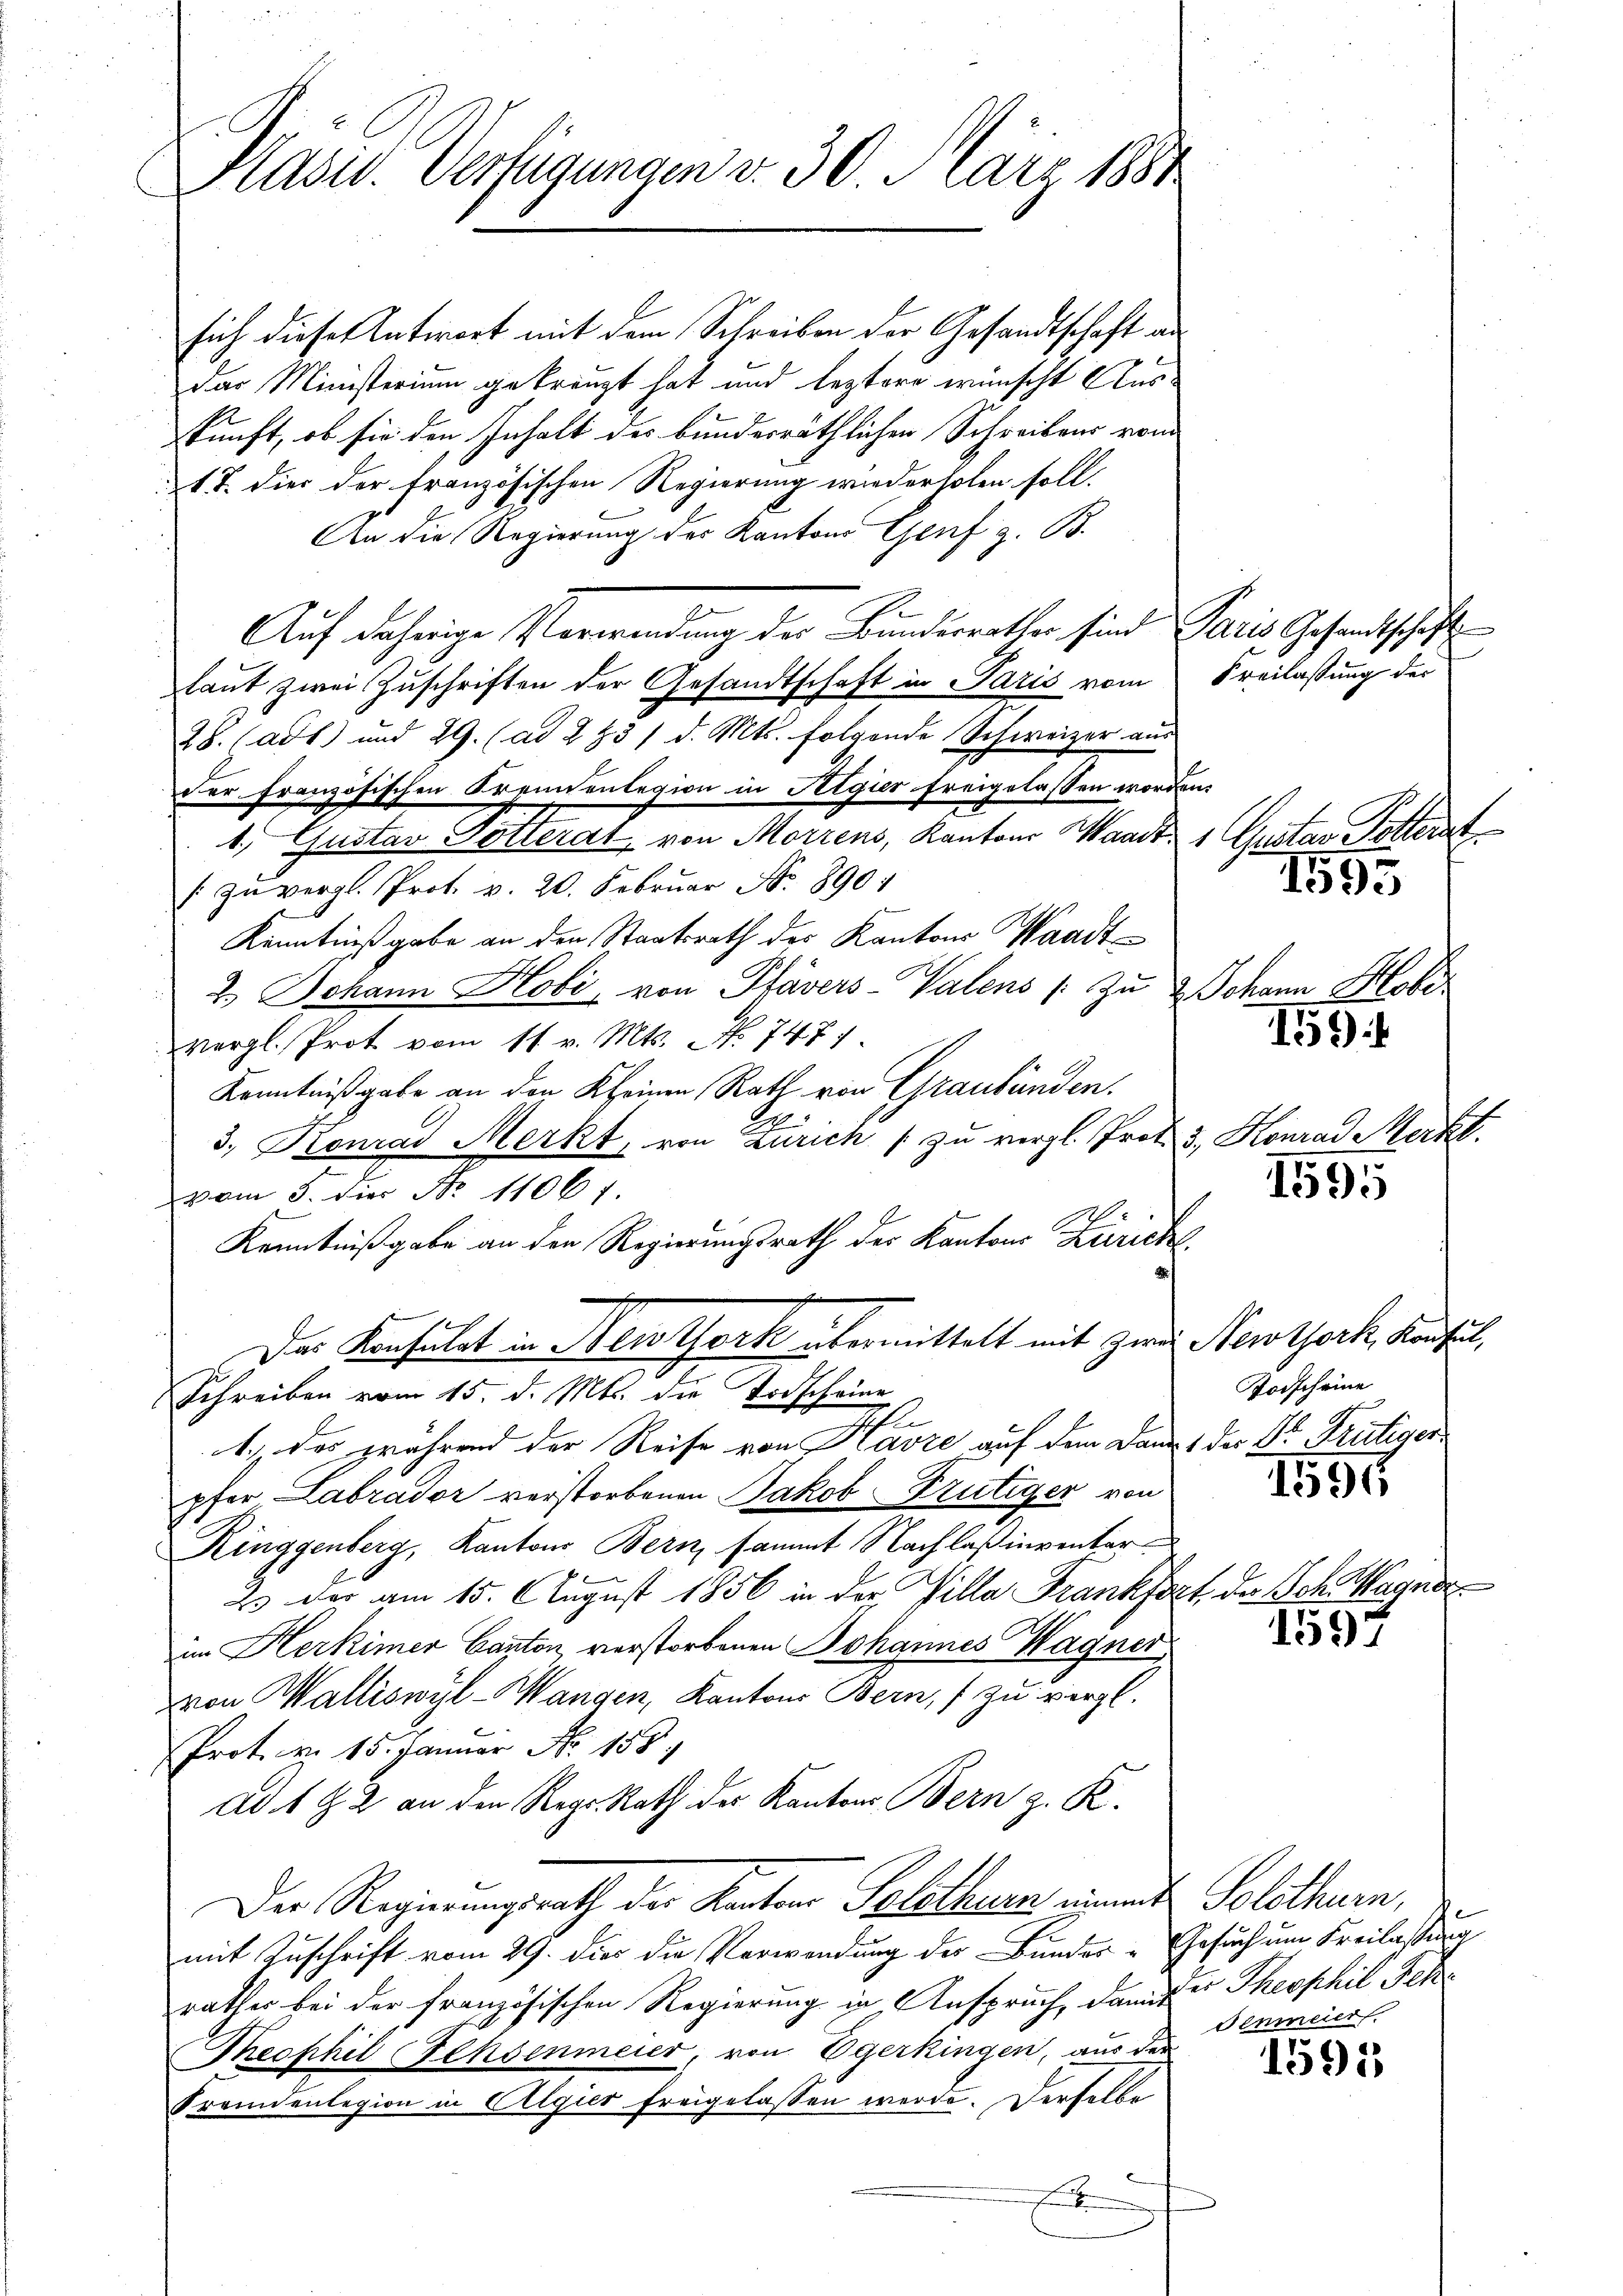
Präsid. Verfügungen v. 30. März 1884

sich dieses Antwort mit dem Schreiben der Gesandtschaft an
das Ministerium gekränzt hat und leztere wünscht Ausskunft, ob sie den Inhalt des bunderräthlichen Schreibens vom
17. dies der französischen Regierung wiederholen soll.
An die Regierung des Kantons Genf z. B.
Auf jährige Verwendung der Bundesrathen sind Paris Gesandtschaft
laut zwei Zuschriften der Gesandtschaft in Paris vom Freilassung der
28. (adt) und 29. (ad 2 Z3 1 d. Mts. folgende Schweizer aus
der französischen Krennenlegion in Algier freigelassen worden.
1, Gustan Polteral von Morrens, Kantons Waadt, 1 Gustav Pitterst
/ zu vergl. Prot. v. 20. Februar Nr. 890
Kenntniß gabe an den Staatsrath des Kantons Waadt
2.) Johann Hobi, von Plavers-Valens /: Zu & Johann Kobr
vergl. Prot vom 11. v. Mts. N. 747.
Kenntnißgabe an den Kleinen Rath von Graubünden.
h
3. Konrad Merkt, von Zürich zu vergl. Prot. 3. Konrad Merkl
vom 5. Für No 11061.
Kenntnißgabe an den Regierungsrath des Kantons Zürich
Das Konsulat in Newtork übermittelt mit zwei Newtork, Konsul,
Schreiben vom 15. d. Mts. die Todscheine
h
1.) Das während der Reise von Kavre auf dem Damit der Dr Frutiger
pfer Labrador verstorbenen Jakob Brutiger von
Ringgenberg, Kantons Bern, sammt Nachlaßinventar
2. der am 15. August 1856 in der Villa Frankfort des Sch. Wagner
im Herkimer Canton, verstorbenen Johannes Wagner
von Walliswyl-Wangen, Kantons Bern, f zu vergl.
Prot. v. 15. Januar No 158.
ad 1 § 2 an den Reg. Rath der Kantons Bern z. K.
Der Regierungsrath der Kanton Solothurn einen Solothurn,
mit Zuschrift vom 29. die die Verwendung der Bunder-Gesuch um Freilassung
rathes bei der französischen Regierung in Anspruch, damit er Theophil Feh
Theophil Felsenmeier, von Egerkingen, aus der
Fremdenlegion in Algier freigelassen werde. Derselbe
.

1595

I59

1595

Todscheine

195

1597

denmeier

1591